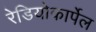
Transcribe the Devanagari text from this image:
रेडियोकार्पेल